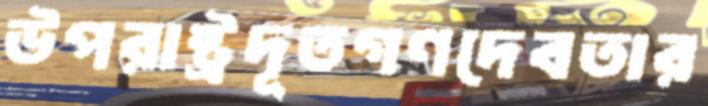
উপরাষ্ট্রদূতগণদেবতার